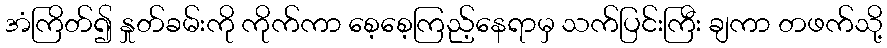
အံကြိတ်၍ နှုတ်ခမ်းကို ကိုက်ကာ စေ့စေ့ကြည့်နေရာမှ သက်ပြင်းကြီး ချကာ တဖက်သို့